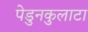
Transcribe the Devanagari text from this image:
पेडुनकुलाटा